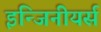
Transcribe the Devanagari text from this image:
इन्जिनीयर्स